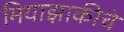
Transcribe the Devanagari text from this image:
मियाझाकीचे